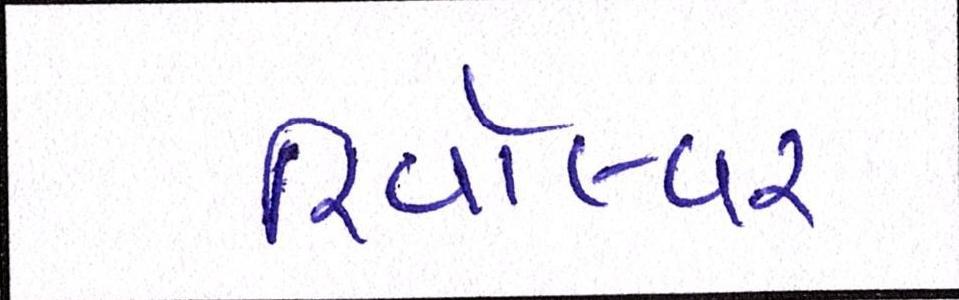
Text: રિવૉલ્વર